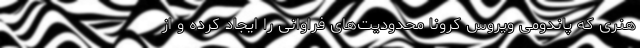
هنری که پاندومی ویروس کرونا محدودیت‌های فراوانی را ایجاد کرده و از